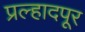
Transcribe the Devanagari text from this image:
प्रल्हादपूर